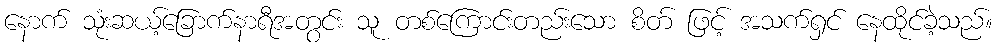
နောက် သုံးဆယ့်ခြောက်နာရီအတွင်း သူ တစ်ကြောင်းတည်းသော စိတ် ဖြင့် အသက်ရှင် နေထိုင်ခဲ့သည်။